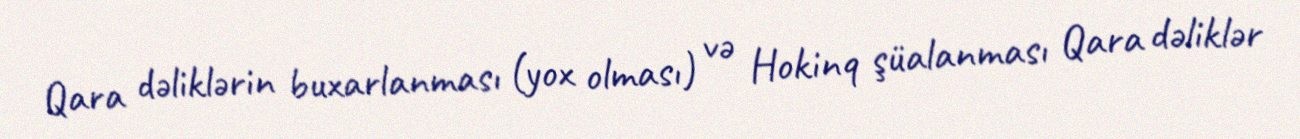
Qara dəliklərin buxarlanması (yox olması) və Hokinq şüalanması Qara dəliklər